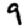
Digit: 9